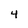
Character: 4